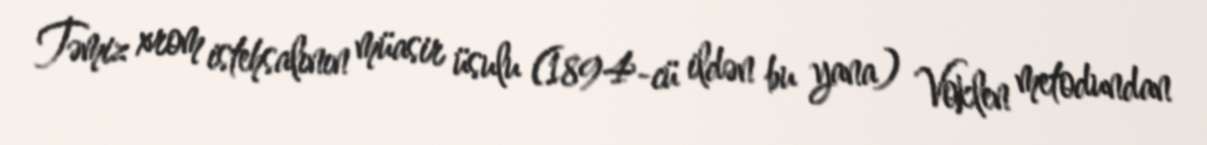
Təmiz xrom istehsalının müasir üsulu (1894-cü ildən bu yana) Voklen metodundan